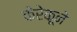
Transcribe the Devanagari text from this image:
केरेकूने